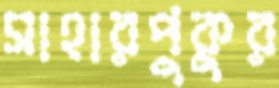
সাহারপুকুর